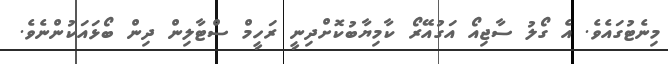
މިނެޓުގައެވެ. އެ ގޯލު ސާޖިއޯ އަގުއޭރޯ ކާމިޔާބުކޮށްދިނީ ރަހީމް ސްޓާލިން ދިން ބޯޅައަކުންނެވެ.